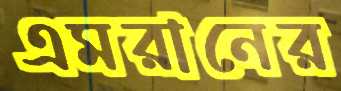
এমরানের